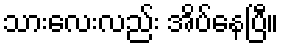
သားလေးလည်း အိပ်နေပြီ။